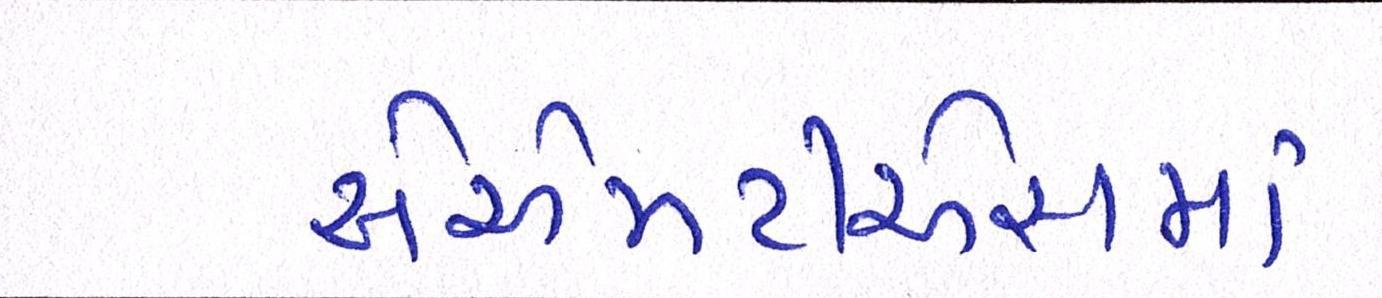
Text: એએમટીએસમાં